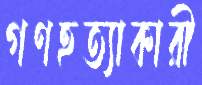
গণহত্যাকারী